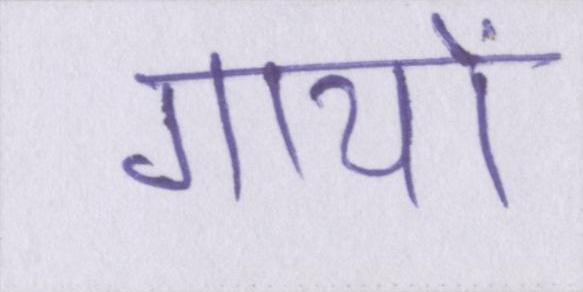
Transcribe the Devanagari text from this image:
गायों